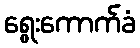
ရွေးကောက်ခံ